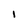
Character: I